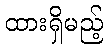
ထားရှိမည့်